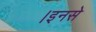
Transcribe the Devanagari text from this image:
।इनसे